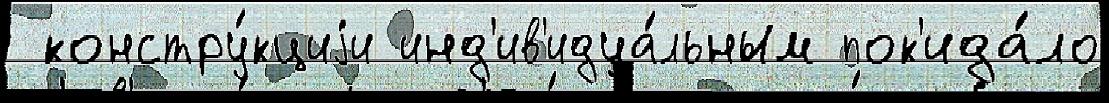
 констру́кциjи инд'ив'идуа́льным пок'ида́ло